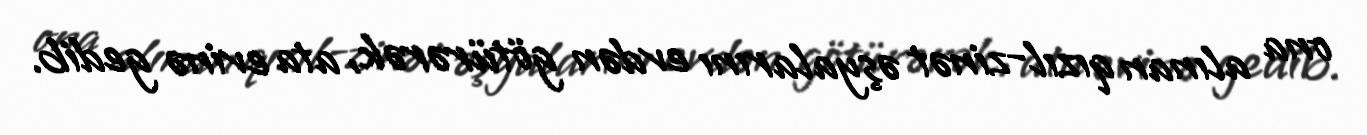
ona alınan qızıl-zinət əşyalarını evdən götürərək, ata evinə gedib.